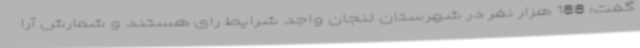
گفت: 188 هزار نفر در شهرستان لنجان واجد شرایط رای هستند و شمارش آرا